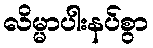
လိမ္မာပါးနပ်စွာ